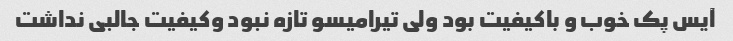
آیس پک خوب و باکیفیت بود ولی تیرامیسو تازه نبود وکیفیت جالبی نداشت